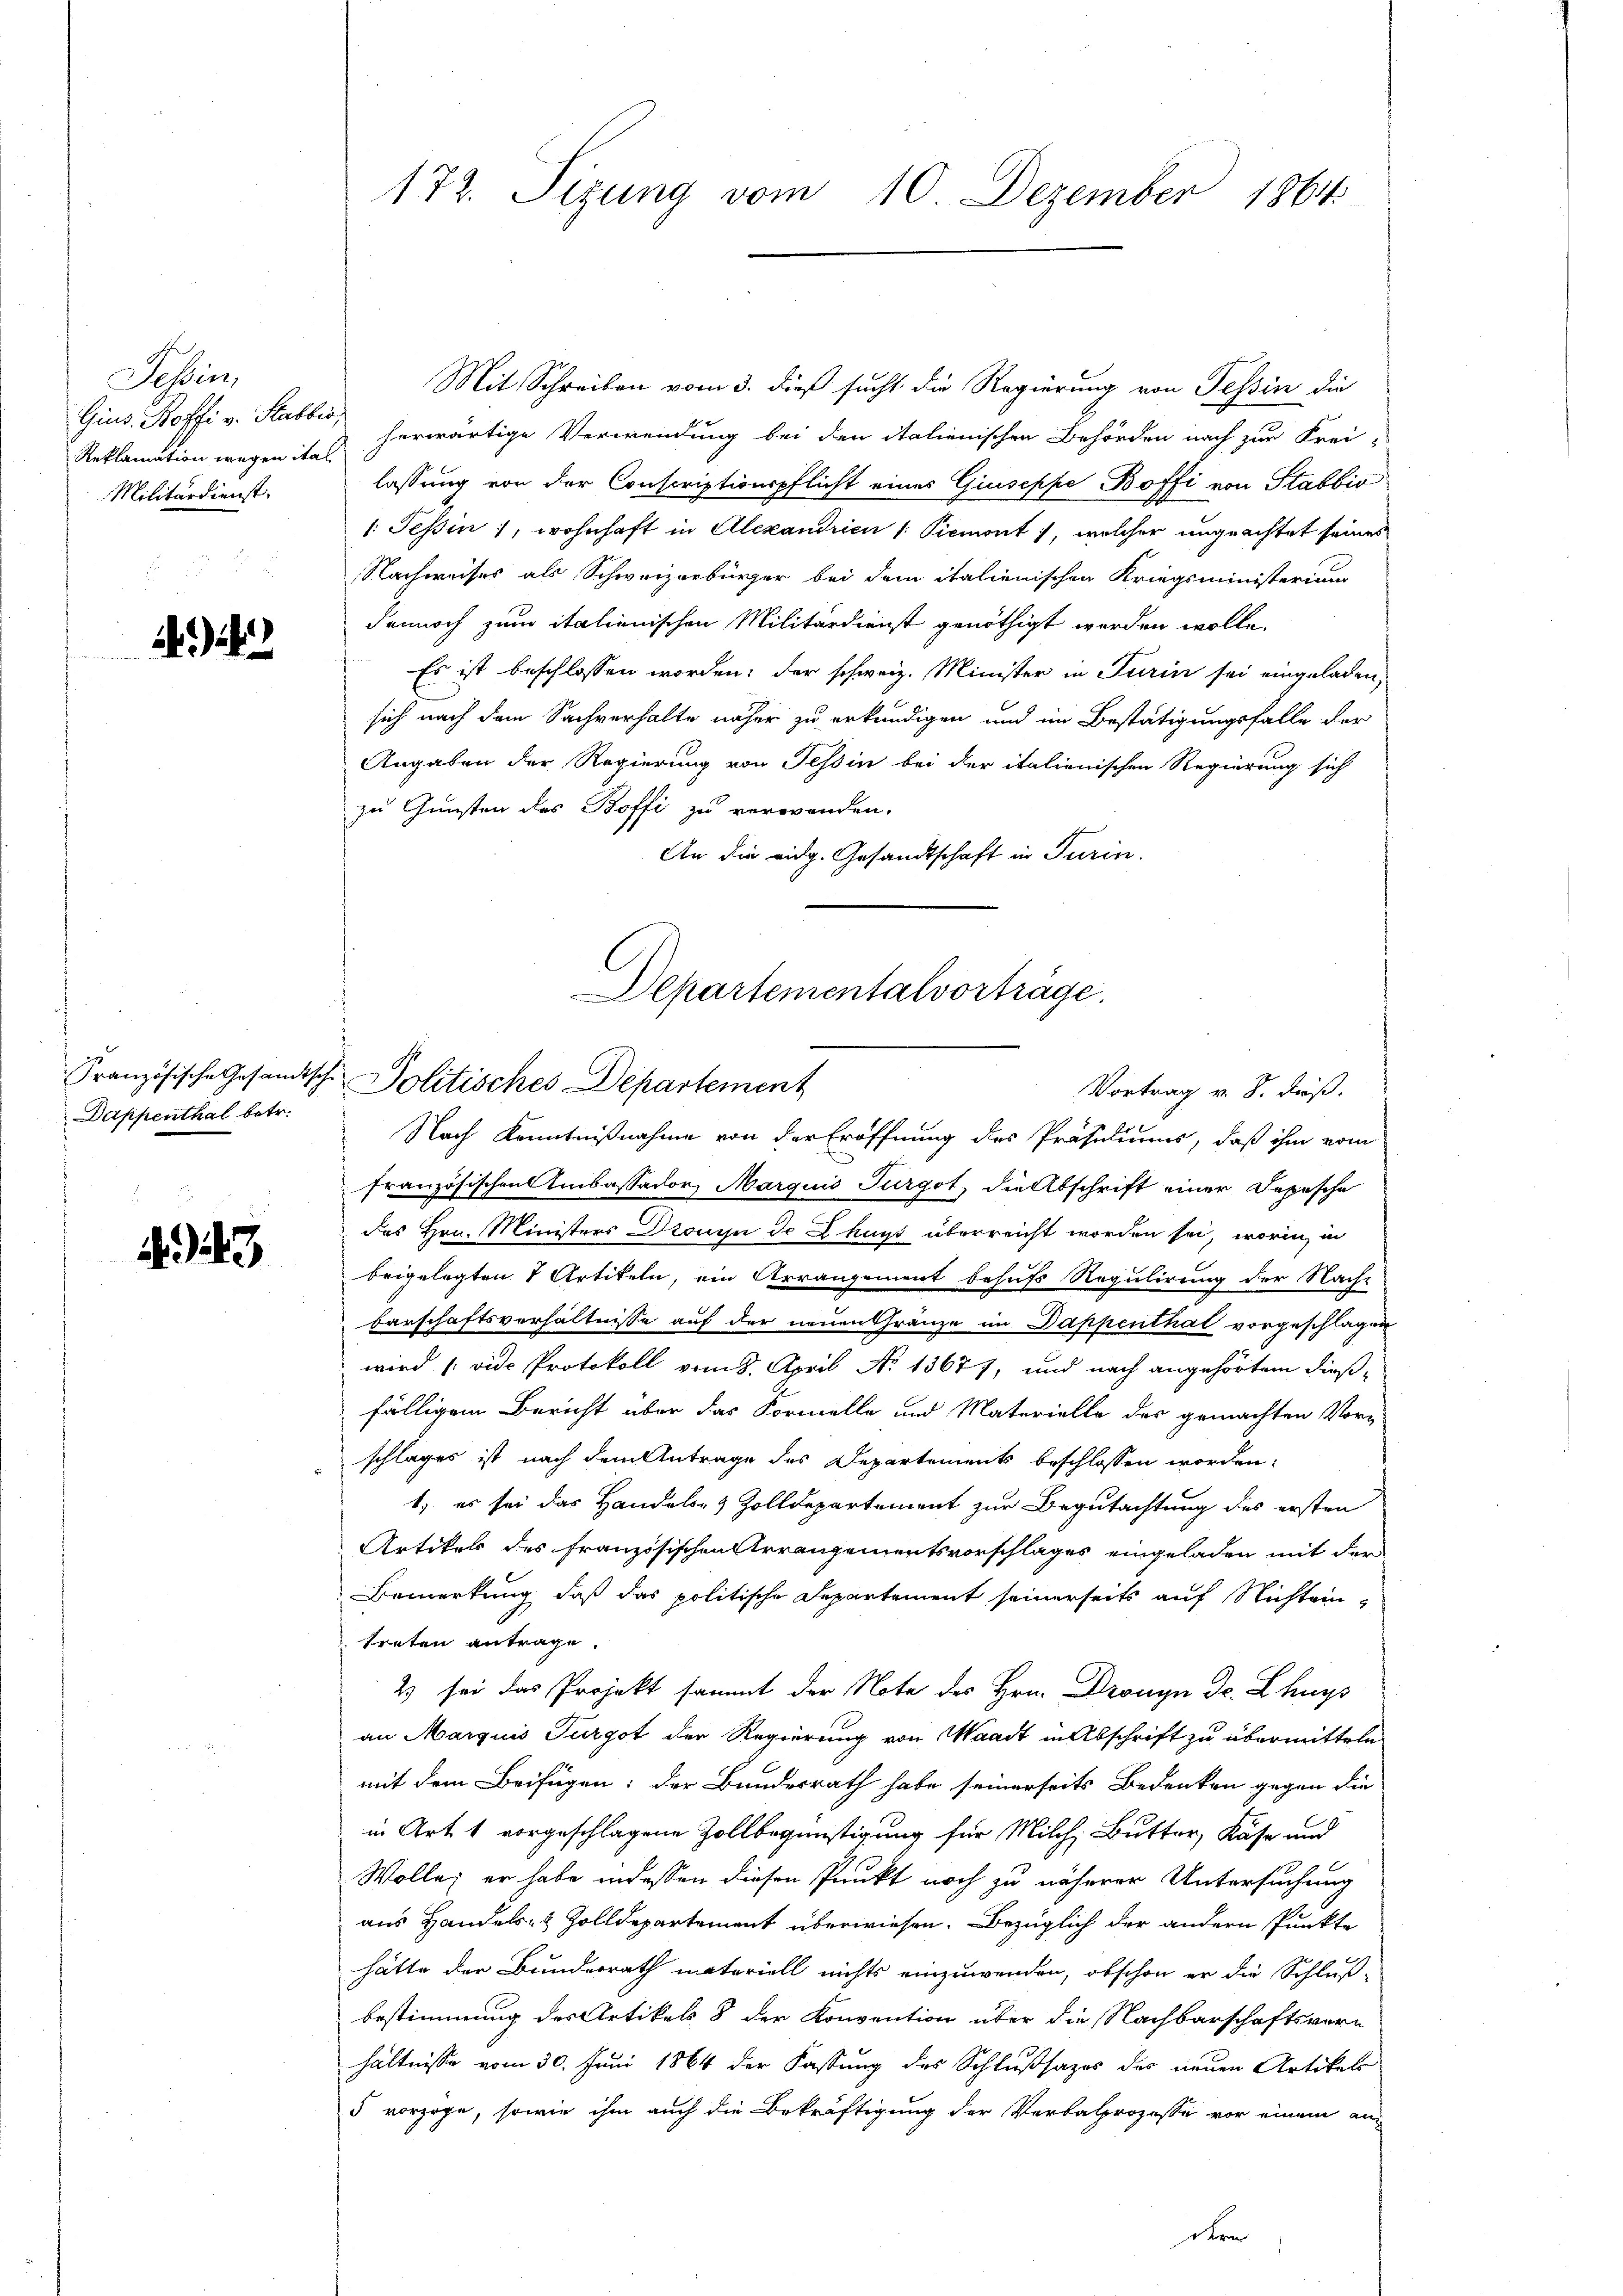
Tessin,
Gius. Boffi v. Stabbe
Reklamation wegen ita
Militärdienst.

444

Französische Gesandtsche
Dappenthal betr.

.43

172. Sizung vom 10. Dezember 1864.

Mit Schreiben vom 3. dieß sucht die Regierung von Tessin die
herwärtige Verwendung bei den italienischen Behörden nach zur Frei-
lassung von der Conscriptionspflicht eines Giuseppe Boffi von Stabbio
/: Tessin, wohnhaft in Alexandrien 1. Piemont, welcher ungeachtet seines
Nachweises als Schweizerbürger bei dem italienischen Kriegsministerium
dennoch zum italienischen Militärdienst genöthigt werden wolle.
Es ist beschlossen worden; der schweiz. Minister in Turin sei eingeladen,
sich nach dem Sachverhalte näher zu erkundigen und im Bestätigungsfalle der
Angaben der Regierung von Tessin bei der italienischen Regierung sich
zu Gunsten des Boffi zu verwenden.
An die eidg. Gesandtschaft in Turin.
Nach Kenntnißnahme von der Eröffnung des Präsidiums, daß ihm vom
französischen Umbassador Marquis Turgot, die Abschrift einer Dopische
des Hrn. Ministers Droussu de Lhuss überreicht worden sei, worin in
beigelegten 7 Artikeln, ein Arrangement behufs Regulirung der Nacht
Barschaftsverhältnisse auf der neuen Gränze im Dappenthal vorgeschlagen
wird (vide Protokoll vom 8. April N. 13677, und nach angehörtem dießfälligem Bericht über das Formelle und Materielle der gemachten Vor-
schlages ist nach dem Antrage des Departements beschlossen worden:
1) es sei das Handels- & Zolldepartement zur Begutachtung des ersten
Artikels des französischen Arrangementsvorschlages eingeladen mit der
Bemerkung, daß das politische Departement seinerseits auf Nichtein
treten antrage.
2) sei das Projekt sammt der Note des Hrn. Dronyn Dr. Lhuys
an Marquis Furgot der Regierung von Waadt in Abschrift zu übermitteln
mit dem Beifügen: der Bundesrath habe seinerseits Bedenken gegen die
in Art. 1 vorgeschlagene Zollbegünstigung für Milch, Butter, Käse und
Wolle; er habe indessen diesen Punkt noch zu näherer Untersuchung
aus Handels- & Zolldepartement überwiesen. Bezüglich der andern Punkte
hätte der Bunderrath materiell nichts einzuwenden, obschon er die Schluß-
bestimmung des Artikels 8 der Konvention über die Nachbarschaftsverhältnisse vom 30. Juni 1864 der Fassung des Schlußsazes der neuen Artikels
d vorzoge, sowie ihm auch die Bekräftigung der Verbalprozesse vor einem an-
dr

Departementalvorträge.
Politisches Departement
Vortrag v. 8. dieß.